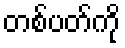
တစ်ပတ်ကို